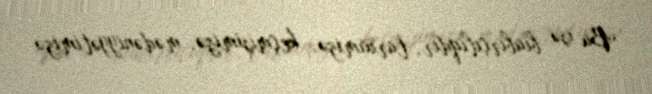
Bu isə biabırçılıqdır, tariximizə, keçmişimizə, mədəniyyətimizə